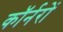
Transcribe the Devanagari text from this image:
कॉर्नरों